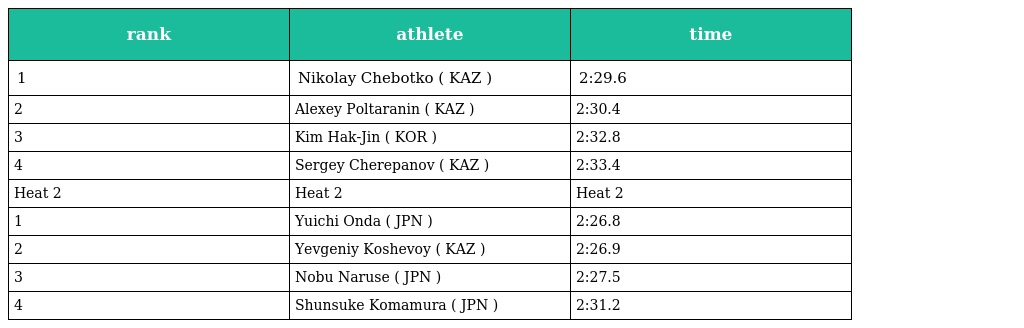
| rank | athlete | time |
 | --- | --- | --- |
 | 1 | Nikolay Chebotko ( KAZ ) | 2:29.6 |
 | 2 | Alexey Poltaranin ( KAZ ) | 2:30.4 |
 | 3 | Kim Hak-Jin ( KOR ) | 2:32.8 |
 | 4 | Sergey Cherepanov ( KAZ ) | 2:33.4 |
 | Heat 2 | Heat 2 | Heat 2 |
 | 1 | Yuichi Onda ( JPN ) | 2:26.8 |
 | 2 | Yevgeniy Koshevoy ( KAZ ) | 2:26.9 |
 | 3 | Nobu Naruse ( JPN ) | 2:27.5 |
 | 4 | Shunsuke Komamura ( JPN ) | 2:31.2 |